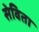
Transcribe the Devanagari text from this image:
सेविता